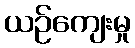
ယဉ်ကျေးမှု